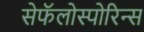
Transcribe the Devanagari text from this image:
सेफॅलोस्पोरिन्स